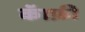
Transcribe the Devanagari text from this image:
कॅाफ़ी